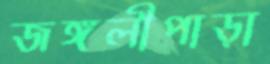
জঙ্গলীপাড়া